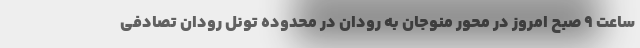
ساعت ۹ صبح امروز در محور منوجان به رودان در محدوده تونل رودان تصادفی